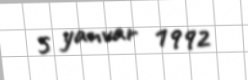
5 yanvar 1992